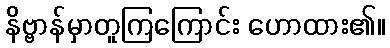
နိဗ္ဗာန်မှာတူကြကြောင်း ဟောထား၏။